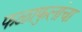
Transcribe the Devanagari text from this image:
फळाफुलांचा